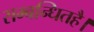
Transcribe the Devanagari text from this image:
सम्बन्धितहै।